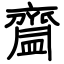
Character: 齍